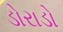
ડોરાડો